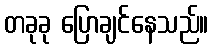
တခုခု ပြောချင်နေသည်။